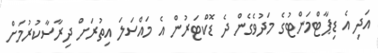
އަދި އެ ޑިޕާޓްމަންޓުގެ މަދުވެގެން ދެ ޑޮކްޓަރުން އެ މައްސަލަ އިތުރަށް ދިރާސާކުރުމަށް